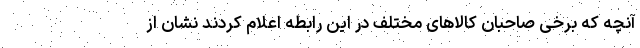
آنچه که برخی صاحبان کالاهای مختلف در این رابطه اعلام کردند نشان از